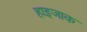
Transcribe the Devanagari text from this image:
हाइजाक